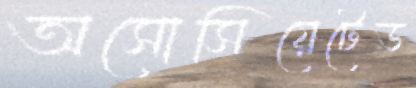
অসোসিয়েটেড